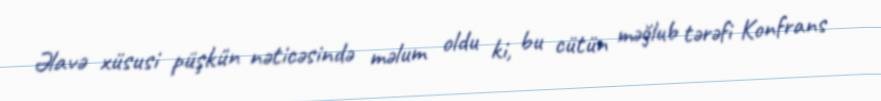
Əlavə xüsusi püşkün nəticəsində məlum oldu ki, bu cütün məğlub tərəfi Konfrans